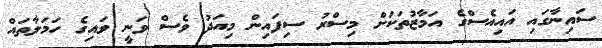
ސައިނާގައި އައިއެސްގެ އަމާޒުތަކަށް މިސްރު ސިފައިން މިއަދު ވެސް ވަނީ ވައިގެ ހަމަލާތައް